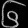
Digit: ၆